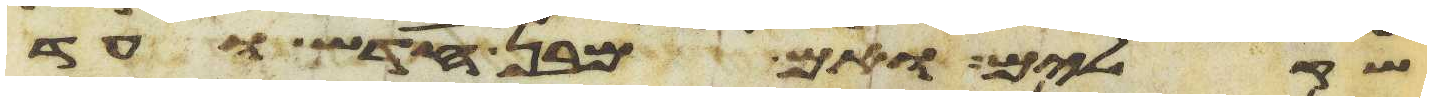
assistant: שקלים ואם מבן חדש ועד